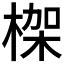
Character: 𣕧